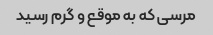
مرسى که به موقع و گرم رسید